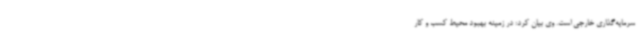
سرمایه‌گذاری خارجی است. وی بیان کرد: در زمینه بهبود محیط کسب و کار